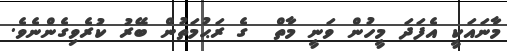
މާނައަކީ އެފަދަ މީހުން ވަނީ މާތް  ގެ ރަޙުމަތުން ބޭރު ކުރެވިގެންނެވެ.